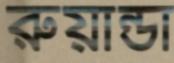
রুয়ান্ডা